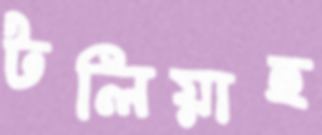
টলিয়াছ